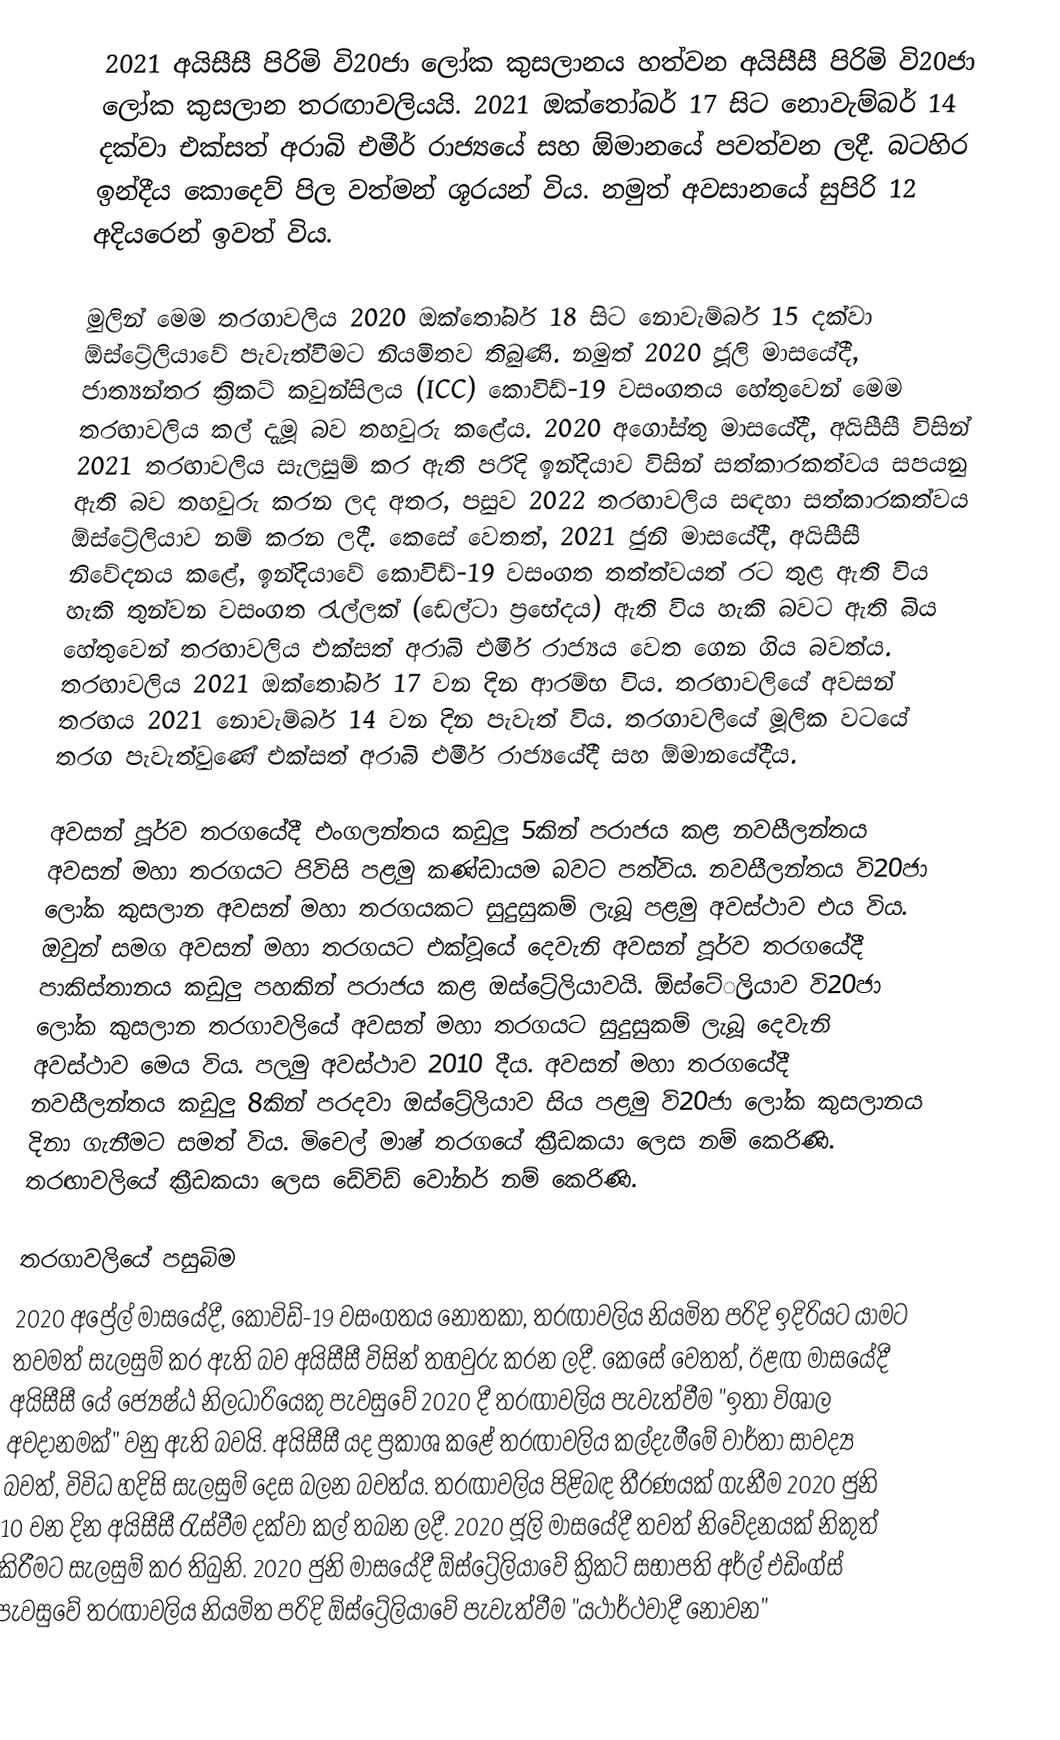
2021 අයිසීසී පිරිමි වි20ජා ලෝක කුසලානය හත්වන අයිසීසී පිරිමි වි20ජා ලෝක කුසලාන තරඟාවලියයි. 2021 ඔක්තෝබර් 17 සිට නොවැම්බර් 14 දක්වා එක්සත් අරාබි එමීර් රාජ්‍යයේ සහ ඕමානයේ පවත්වන ලදී. බටහිර ඉන්දීය කොදෙව් පිල වත්මන් ශූරයන් විය. නමුත් අවසානයේ සුපිරි 12 අදියරෙන් ඉවත් විය.

මුලින් මෙම තරගාවලිය 2020 ඔක්තෝබර් 18 සිට නොවැම්බර් 15 දක්වා ඕස්ට්‍රේලියාවේ පැවැත්වීමට නියමිතව තිබුණි. නමුත් 2020 ජූලි මාසයේදී, ජාත්‍යන්තර ක්‍රිකට් කවුන්සිලය (ICC) කොවිඩ්-19 වසංගතය හේතුවෙන් මෙම තරඟාවලිය කල් දැමූ බව තහවුරු කළේය. 2020 අගෝස්තු මාසයේදී, අයිසීසී විසින් 2021 තරඟාවලිය සැලසුම් කර ඇති පරිදි ඉන්දියාව විසින් සත්කාරකත්වය සපයනු ඇති බව තහවුරු කරන ලද අතර, පසුව 2022 තරඟාවලිය සඳහා සත්කාරකත්වය ඕස්ට්‍රේලියාව නම් කරන ලදී. කෙසේ වෙතත්, 2021 ජුනි මාසයේදී, අයිසීසී නිවේදනය කළේ, ඉන්දියාවේ කොවිඩ්-19 වසංගත තත්ත්වයත් රට තුළ ඇති විය හැකි තුන්වන වසංගත රැල්ලක් (ඩෙල්ටා ප්‍රභේදය) ඇති විය හැකි බවට ඇති බිය හේතුවෙන් තරඟාවලිය එක්සත් අරාබි එමීර් රාජ්‍යය වෙත ගෙන ගිය බවත්ය. තරඟාවලිය 2021 ඔක්තෝබර් 17 වන දින ආරම්භ විය. තරඟාවලියේ අවසන් තරඟය 2021 නොවැම්බර් 14 වන දින පැවැත් විය. තරගාවලියේ මූලික වටයේ තරග පැවැත්වුණේ එක්සත් අරාබි එමීර් රාජ්‍යයේදී සහ ඕමානයේදීය.

අවසන් පූර්ව තරගයේදී එංගලන්තය කඩුලු 5කින් පරාජය කළ නවසීලන්තය අවසන් මහා තරගයට පිවිසි පළමු කණ්ඩායම බවට පත්විය. නවසීලන්තය වි20ජා ලෝක කුසලාන අවසන් මහා තරගයකට සුදුසුකම් ලැබූ පළමු අවස්ථාව එය විය. ඔවුන් සමග අවසන් මහා තරගයට එක්වූයේ දෙවැනි අවසන් පූර්ව තරගයේදී පාකිස්තානය කඩුලු පහකින් පරාජය කළ ඔස්ට්‍රේලියාවයි. ඕස්ටේ‍්‍රලියාව වි20ජා ලෝක කුසලාන තරගාවලියේ අවසන් මහා තරගයට සුදුසුකම් ලැබූ දෙවැනි අවස්ථාව මෙය විය. පලමු අවස්ථාව 2010 දීය. අවසන් මහා තරගයේදී නවසීලන්තය කඩුලු 8කින් පරදවා ඔස්ට්‍රේලියාව සිය පළමු වි20ජා ලෝක කුසලානය දිනා ගැනීමට සමත් විය. මිචෙල් මාෂ් තරගයේ ක්‍රීඩකයා ලෙස නම් කෙරිණි. තරඟාවලියේ ක්‍රීඩකයා ලෙස ඩේවිඩ් වෝනර් නම් කෙරිණි.

තරගාවලියේ පසුබිම
2020 අප්‍රේල් මාසයේදී, කොවිඩ්-19 වසංගතය නොතකා, තරඟාවලිය නියමිත පරිදි ඉදිරියට යාමට තවමත් සැලසුම් කර ඇති බව අයිසීසී විසින් තහවුරු කරන ලදී. කෙසේ වෙතත්, ඊළඟ මාසයේදී අයිසීසී යේ ජ්‍යෙෂ්ඨ නිලධාරියෙකු පැවසුවේ 2020 දී තරඟාවලිය පැවැත්වීම "ඉතා විශාල අවදානමක්" වනු ඇති බවයි. අයිසීසී යද ප්‍රකාශ කළේ තරඟාවලිය කල්දැමීමේ වාර්තා සාවද්‍ය බවත්, විවිධ හදිසි සැලසුම් දෙස බලන බවත්ය. තරඟාවලිය පිළිබඳ තීරණයක් ගැනීම 2020 ජුනි 10 වන දින අයිසීසී රැස්වීම දක්වා කල් තබන ලදී. 2020 ජූලි මාසයේදී තවත් නිවේදනයක් නිකුත් කිරීමට සැලසුම් කර තිබුනි. 2020 ජුනි මාසයේදී ඕස්ට්‍රේලියාවේ ක්‍රිකට් සභාපති අර්ල් එඩිංග්ස් පැවසුවේ තරඟාවලිය නියමිත පරිදි ඕස්ට්‍රේලියාවේ පැවැත්වීම "යථාර්ථවාදී නොවන"